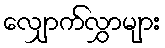
လျှောက်လွှာများ